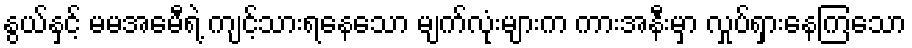
နွယ်နှင့် မမအေမီရဲ့ ကျင့်သားရနေသော မျက်လုံးများက ကားအနီးမှာ လှုပ်ရှားနေကြသော